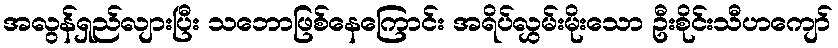
အလွန်ရှည်လျားပြီး သဘောဖြစ်နေကြောင်း အရိပ်လွှမ်းမိုးသော ဦးစိုင်းသီဟကျော်